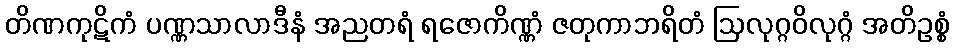
တိဏကုဋိကံ ပဏ္ဏသာလာဒီနံ အညတရံ ရဇောကိဏ္ဏံ ဇတုကာဘရိတံ ဩလုဂ္ဂဝိလုဂ္ဂံ အတိဥစ္စံ